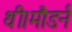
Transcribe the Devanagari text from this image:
थी।मौडर्न